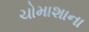
ચોમાશાના